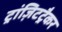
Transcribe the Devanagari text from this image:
ट्रांज़िटट्रैकर